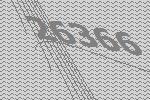
26366